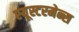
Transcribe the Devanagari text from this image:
स्यूस्टरमेन्स